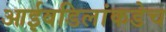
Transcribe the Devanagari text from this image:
आईवडिलांकडेच